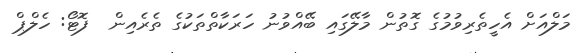
މަލްއަށް އެހީތެރިވުމުގެ ގޮތުން މާލޭގައި ބޭއްވުނު ހަރަކާތްތަކުގެ ތެރެއިން  ފޮޓޯ: ހެލްޕް